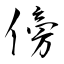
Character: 傍